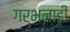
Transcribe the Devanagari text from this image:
गर्भनाड़ी